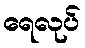
ရေလုပ်